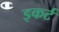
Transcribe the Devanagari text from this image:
इकर्ट